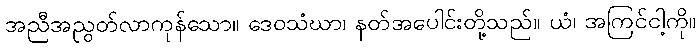
အညီအညွတ်လာကုန်သော။ ဒေဝသံဃာ၊ နတ်အပေါင်းတို့သည်။ ယံ၊ အကြင်ငါ့ကို။